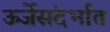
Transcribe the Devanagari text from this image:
ऊर्जेसंदर्भात